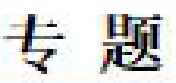
专题